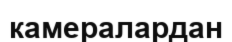
камералардан